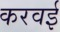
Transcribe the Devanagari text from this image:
करवई